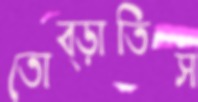
তোব্‌ড়াতিস